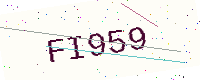
Text: FI959